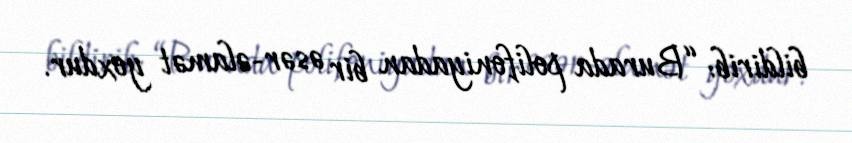
bildirib: “Burada polifoniyadan bir əsər-əlamət yoxdur.